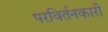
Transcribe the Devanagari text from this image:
परविर्तनकारी